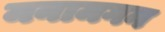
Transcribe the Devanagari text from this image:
मनामगन